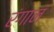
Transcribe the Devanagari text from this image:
रंगानं